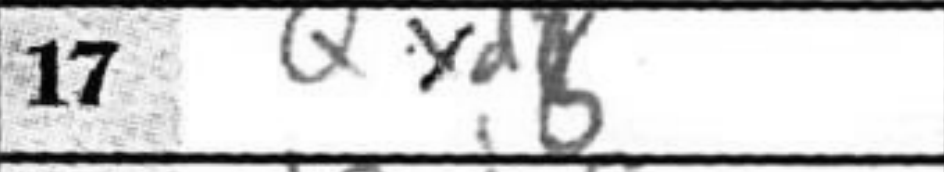
Transcription: Qxd8